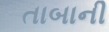
તાબાની